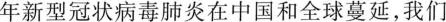
年新型冠状病毒肺炎在中国和全球蔓延，我们